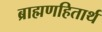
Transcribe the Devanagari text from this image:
ब्राह्मणहितार्थ